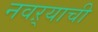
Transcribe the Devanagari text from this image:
नवऱ्याची